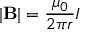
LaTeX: | \mathbf { B } | = { \frac { \mu _ { 0 } } { 2 \pi r } } I